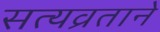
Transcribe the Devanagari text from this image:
सत्यव्रताने